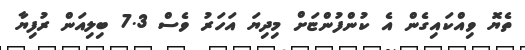
ތެޔޮ ވިއްކައިގެން އެ ކުންފުންޏަށް މިދިޔަ އަހަރު ވެސް 7.3 ބިލިއަން ރުފިޔާ